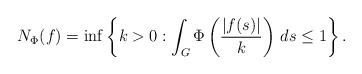
LaTeX: \begin{align*}N_\Phi(f)=\inf\left\{k>0:\int_G\Phi\left(\frac{|f(s)|}{k}\right)\,ds \le1\right\}.\end{align*}